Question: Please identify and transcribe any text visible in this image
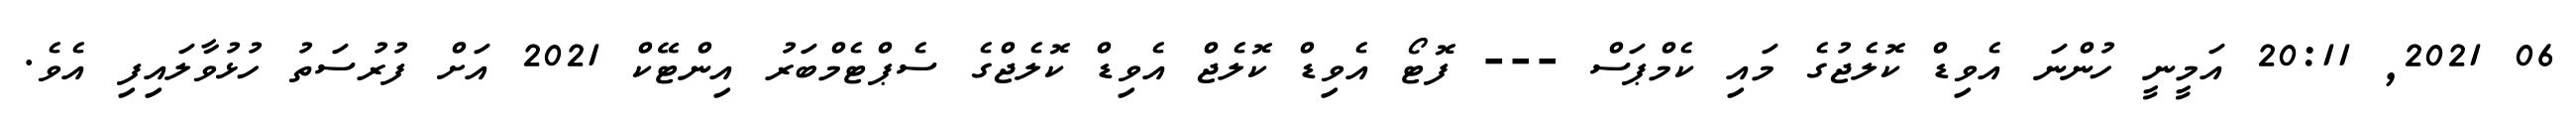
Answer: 06 2021, 20:11 އަމީނީ ހުންނަ އެވިޑް ކޮލެޖުގެ މައި ކެމްޕަސް --- ފޮޓޯ އެވިޑް ކޮލެޖް އެވިޑް ކޮލެޖްގެ ސެޕްޓެމްބަރު އިންޓޭކް 2021 އަށް ފުރުސަތު ހުޅުވާލައިފި އެވެ.